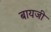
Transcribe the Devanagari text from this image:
बायजी